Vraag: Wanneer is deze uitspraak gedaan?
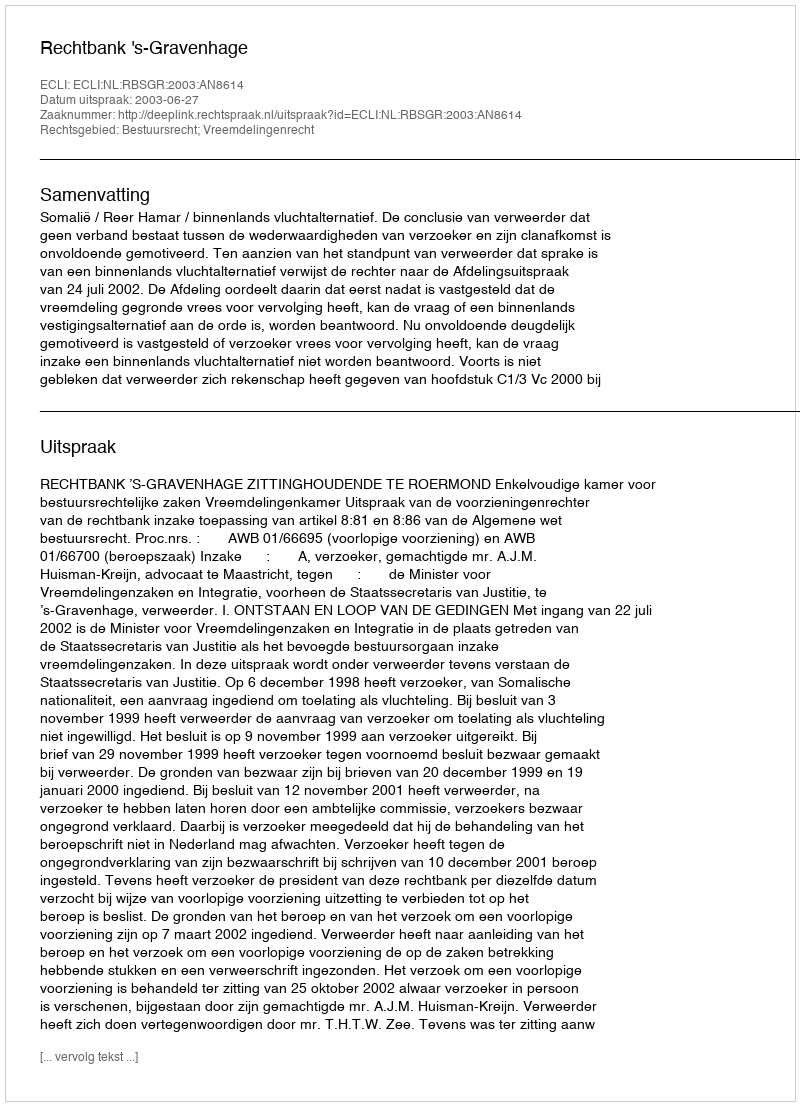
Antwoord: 2003-06-27